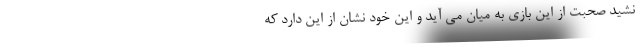
نشید صحبت از این بازی به میان می آید و این خود نشان از این دارد که